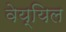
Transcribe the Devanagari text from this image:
वेय्यिल